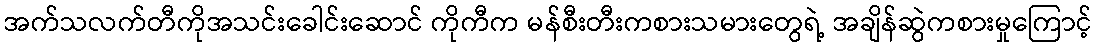
အက်သလက်တီကိုအသင်းခေါင်းဆောင် ကိုကီက မန်စီးတီးကစားသမားတွေရဲ့ အချိန်ဆွဲကစားမှုကြောင့်